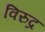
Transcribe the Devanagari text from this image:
विरुद्र